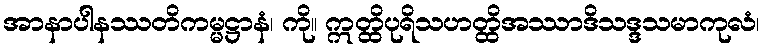
အာနာပါနဿတိကမ္မဋ္ဌာနံ၊ ကို။ ဣတ္ထိပုရိသဟတ္ထိအဿာဒိသဒ္ဒသမာကုလံ၊